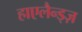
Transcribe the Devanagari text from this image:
हाएलैन्ड्ज़